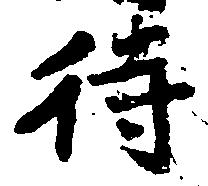
待